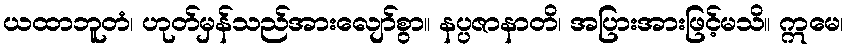
ယထာဘူတံ၊ ဟုတ်မှန်သည်အားလျော်စွာ။ နပ္ပဇာနာတိ၊ အပြားအားဖြင့်မသိ။ ဣမေ၊